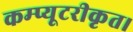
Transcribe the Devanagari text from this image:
कम्प्यूटरीकृत।